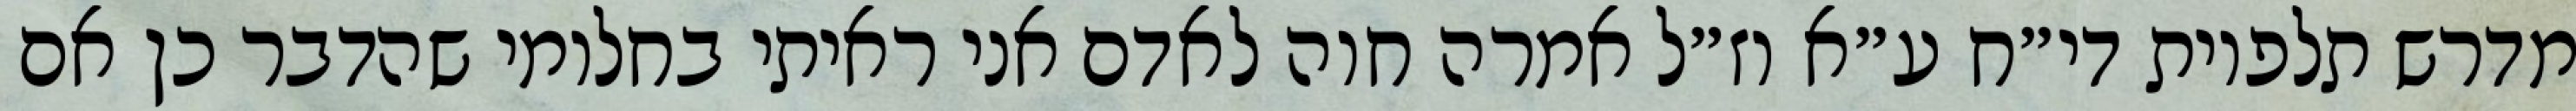
מדרש תלפיות די״ח ע״א וז״ל אמרה חוה לאדם אני ראיתי בחלומי שהדבר כן אם